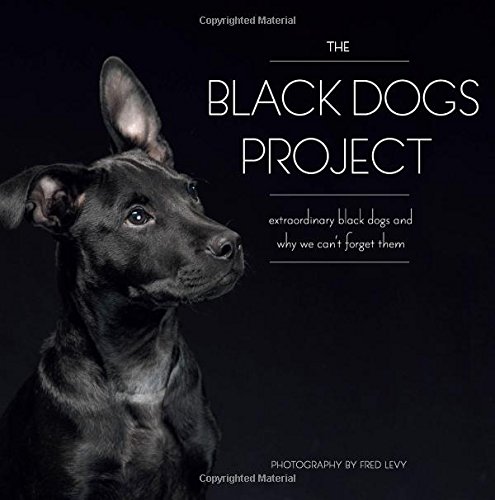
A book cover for The Black Dogs Project: Extraordinary Black Dogs and Why We Can't Forget Them; Fred Levy; Crafts, Hobbies & Home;